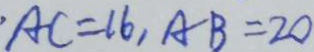
A C = 1 6 , A B = 2 0